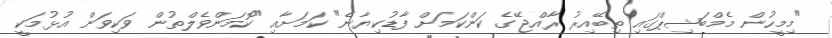
"މިމީހުން މެމްބަޝިޕްގައި ތިބޭއިރު ރާއްޖޭގެ ކަންކަމަށް ފާޑުކިޔާނެ" ކަމަށާއި "ކޮމަންވެލްތުން ވަކިވަން އުޅުމަކީ